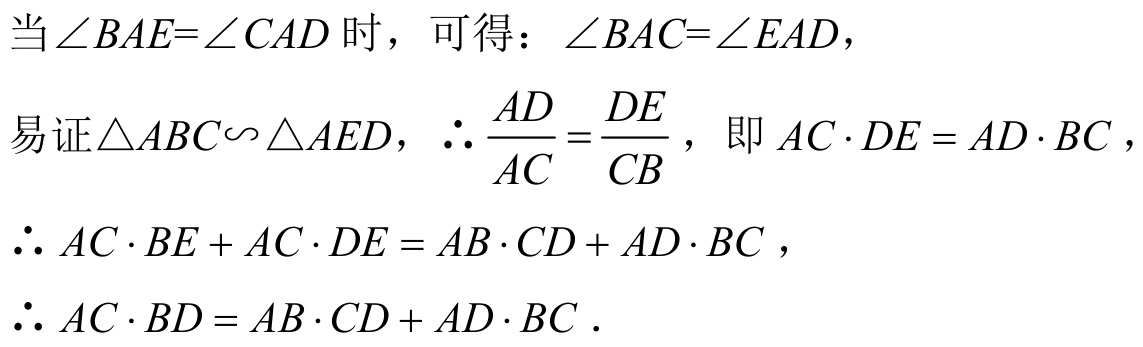
当\(\angle BAE = \angle CAD\)时，可得：\(\angle BAC=\angle EAD\)，
易证\(\triangle ABC\backsim\triangle AED\)，\(\therefore \dfrac{AD}{AC}=\dfrac{DE}{CB}\)，即\(AC\cdot DE = AD\cdot BC\)，
\(\therefore AC\cdot BE + AC\cdot DE = AB\cdot CD + AD\cdot BC\)，
\(\therefore AC\cdot BD = AB\cdot CD + AD\cdot BC\)．